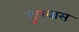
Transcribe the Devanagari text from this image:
दुःस्वास